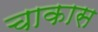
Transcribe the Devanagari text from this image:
चाकास